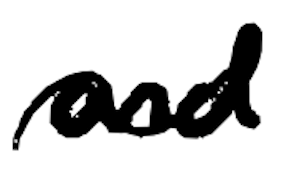
Text: and
Cross-out: wave
Writing tool: digital_black